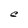
Character: C